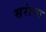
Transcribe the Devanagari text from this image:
सरांना